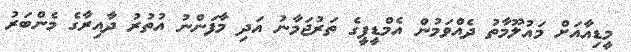
މީޑިއާއަށް މައުލޫމާތު ދެއްވަމުން އެމްޑީޕީގެ ތަރުޖަމާނު އަދި މާފަންނު އުތުރު ދާއިރާގެ މެންބަރު